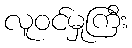
လူဝင်မှုကြီး